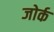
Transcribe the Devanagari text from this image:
ब्जोर्क